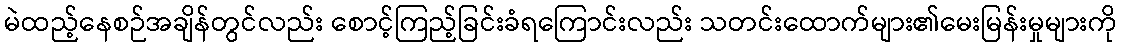
မဲထည့်နေစဉ်အချိန်တွင်လည်း စောင့်ကြည့်ခြင်းခံရကြောင်းလည်း သတင်းထောက်များ၏မေးမြန်းမှုများကို